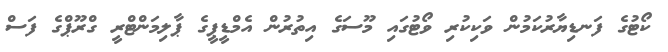
ކޯޓުގެ ފަނޑިޔާރުކަމުން ވަކިކުރި ވޯޓުގައި މޫސަގެ އިތުރުން އެމްޑީޕީގެ ޕާލިމަންޓްރީ ގްރޫޕްގެ ފަސް